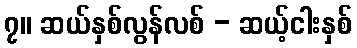
၇။ ဆယ်နှစ်လွန်လစ် - ဆယ့်ငါးနှစ်